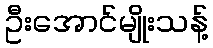
ဦးအောင်မျိုးသန့်